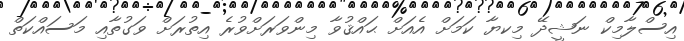
އިސްލާމިކް ނަޝީދޭ މިކޔާ ކަމަށް އެއަށް ޙައްޤުވާ މިންވަރަށްވުރެ އިތުރަށް ވަގުތާއި މަސައްކަތް